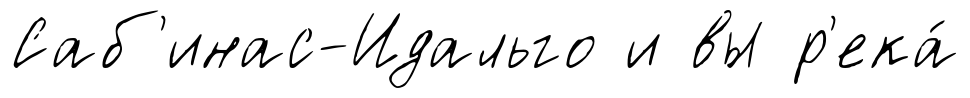
Саб'инас-Идальго и вы р'ека́